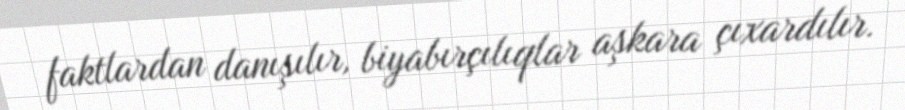
faktlardan danışılır, biyabırçılıqlar aşkara çıxardılır.